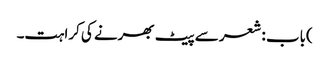
)باب : شعر سے پیٹ بھرنے کی کراہت۔